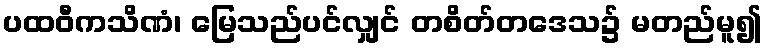
ပထဝီကသိဏံ၊ မြေသည်ပင်လျှင် တစိတ်တဒေသ၌ မတည်မူ၍